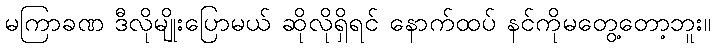
မကြာခဏ ဒီလိုမျိုးပြောမယ် ဆိုလိုရှိရင် နောက်ထပ် နင်ကိုမတွေ့တော့ဘူး။